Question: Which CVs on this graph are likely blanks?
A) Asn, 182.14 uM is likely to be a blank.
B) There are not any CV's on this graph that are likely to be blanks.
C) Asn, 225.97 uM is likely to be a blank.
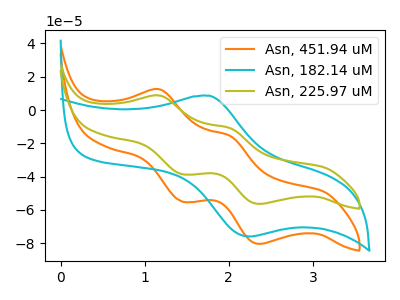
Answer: <think>The orange curve "Asn, 451.94 uM" has anodic peaks at (1.20V, 12.45uA) (2.00V, -15.45uA) and cathodic peaks at (1.45V, -55.05uA) (2.35V, -80.45uA). The cyan curve "Asn, 182.14 uM" has an anodic peak at (1.75V, 8.60uA) and a cathodic peak at (2.25V, -76.00uA). The olive curve "Asn, 225.97 uM" has anodic peaks at (1.20V, 8.70uA) (2.00V, -10.80uA) and cathodic peaks at (1.45V, -38.60uA) (2.35V, -56.40uA).</think>
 <answer>B) There are not any CV's on this graph that are likely to be blanks.</answer>
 <eval>B</eval>